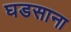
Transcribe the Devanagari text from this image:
घडसाना